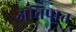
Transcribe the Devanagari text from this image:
अतिपात